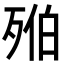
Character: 𣨔